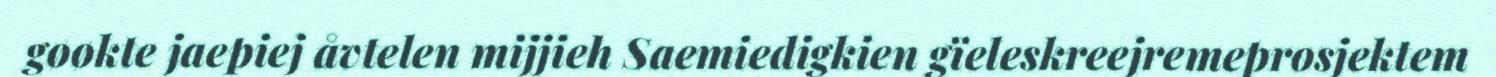
gøøkte jaepiej åvtelen mijjieh Saemiedigkien gïeleskreejremeprosjektem